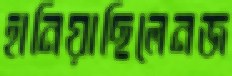
হানিয়াছিলেনজ